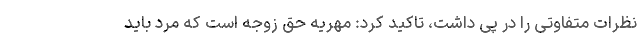
نظرات متفاوتی را در پی داشت، تاکید کرد: مهریه حق زوجه است که مرد باید